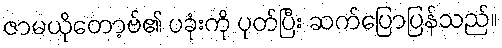
ဇာမယိုတော့ဗ်၏ ပခုံးကို ပုတ်ပြီး ဆက်ပြောပြန်သည်။